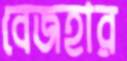
বেজহার